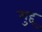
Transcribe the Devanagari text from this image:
मुद्द